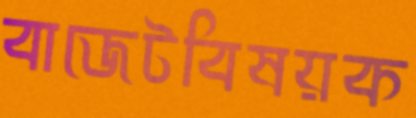
বাজেটবিষয়ক